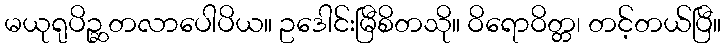
မယုရုပိဉ္ဆတလာပေါပိယ။ ဥဒေါင်းမြီစိတသို။ ဝိရောဝိတ္တ၊ တင့်တယ်ပြီ။